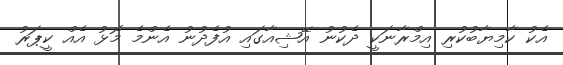
އެކު ކާމިޔާބުކުރި އިމްރާނަކީ ދެކުނު އޭޝިއާގައި އުފެދުނު އެންމެ މޮޅު އެއް ކީޕަރު